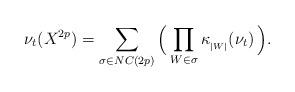
LaTeX: \begin{align*}\nu_t (X^{2p}) = \sum_{\sigma \in NC(2p)} \, \Bigl( \, \prod_{W \in \sigma} \kappa_{ { }_{|W|} } ( \nu_t ) \, \Bigr).\end{align*}